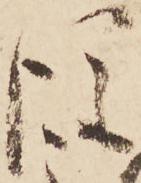
後